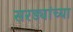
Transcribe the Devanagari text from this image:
सरड्यांच्या